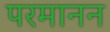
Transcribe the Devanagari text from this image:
परमानन